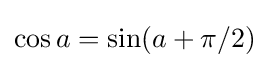
\cos a=\sin(a+\pi /2)